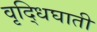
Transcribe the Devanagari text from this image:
वृद्धिघाती